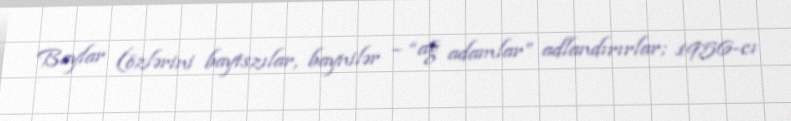
Baylar (özlərini baytszılar, baynilər – “ağ adamlar” adlandırırlar; 1956-cı